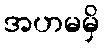
အဟမမှိ